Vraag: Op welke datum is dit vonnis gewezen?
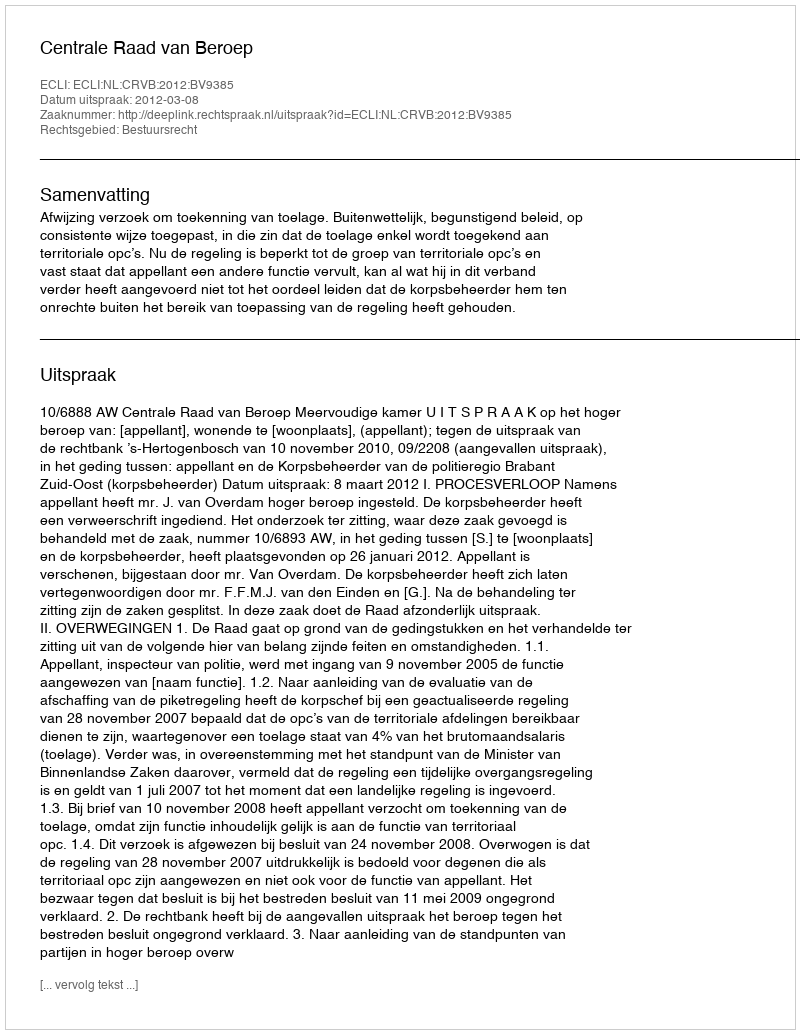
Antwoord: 2012-03-08